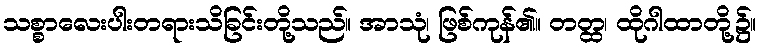
သစ္စာလေးပါးတရားသိခြင်းတို့သည်။ အာသုံ၊ ဖြစ်ကုန်၏။ တတ္ထ၊ ထိုဂါထာတို့၌။